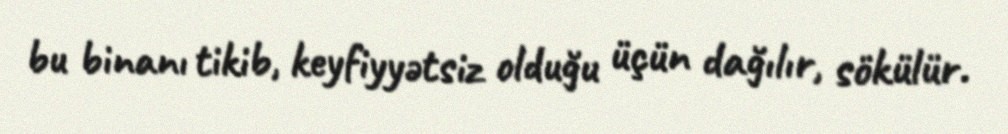
bu binanı tikib, keyfiyyətsiz olduğu üçün dağılır, sökülür.